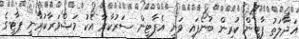
އަދާލަތު ޕާޓީން ކުރިން ބުނެފައި ވަނީ އެޕާޓީން ސަރުކާރާ އެކު މަޝްވަރާކުރާނީ ޕާޓީގެ